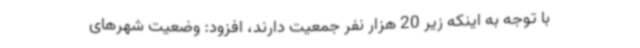
با توجه به اینکه زیر 20 هزار نفر جمعیت دارند، افزود: وضعیت شهرهای